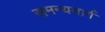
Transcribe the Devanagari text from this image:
समन्यमार्ग